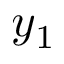
y _ { 1 }